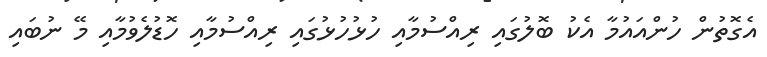
އެގޮތުން ހުންއައުމާ އެކު ބޮލުގައި ރިއްސުމާއި ހުޅުހުޅުގައި ރިއްސުމާއި ހޮޑުލެވުމާއި މޭ ނުބައި